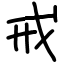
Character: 戒